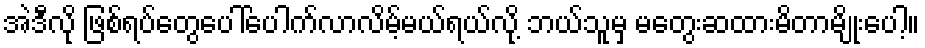
အဲဒီလို ဖြစ်ရပ်တွေပေါ်ပေါက်လာလိမ့်မယ်ရယ်လို့ ဘယ်သူမှ မတွေးဆထားမိတာမျိုးပေါ့။